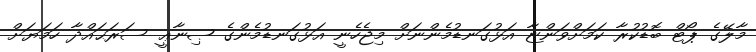
މާލޭގެ ޕޯޓް ބޮޑުކުރާ ކަމަށްވަންޏާ އަޅުގަނޑުމެންނަށް މިޖެހެނީ އަޅުގަނޑުމެންގެ ޞިނާޢީ ސަރަޙައްދާ ހަމަޔަށް